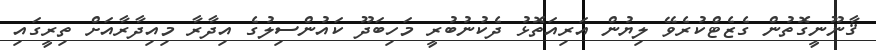
ޤާނޫނީގޮތުން ގެޒެޓްކުރެވޭ ލިޔުން އަރިއަތޮޅު ދެކުނުބުރީ މަހިބަދޫ ކައުންސިލުގެ އިދާރާ މިއިދާރާއަށް ތިރީގައި